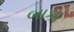
બાકા